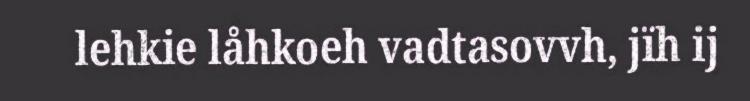
lehkie låhkoeh vadtasovvh, jïh ij